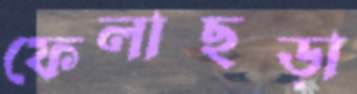
ফেলাছড়া